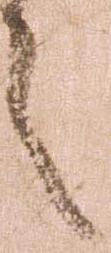
令